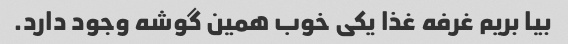
بیا بریم غرفه غذا یکی خوب همین گوشه وجود دارد.